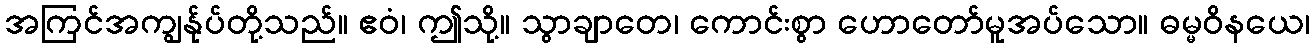
အကြင်အကျွန်ုပ်တို့သည်။ ဧဝံ၊ ဤသို့။ သွာချာတေ၊ ကောင်းစွာ ဟောတော်မူအပ်သော။ ဓမ္မဝိနယေ၊